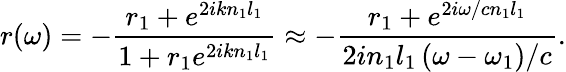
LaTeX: r(\omega)=-\frac{r_{1}+e^{2ikn_{1}l_{1}}}{1+r_{1}e^{2ikn_{1}l_{1}}}\approx-\frac{r_{1}+e^{2i\omega/cn_{1}l_{1}}}{2in_{1}l_{1}\left(\omega-\omega_{1}\right)/c}.